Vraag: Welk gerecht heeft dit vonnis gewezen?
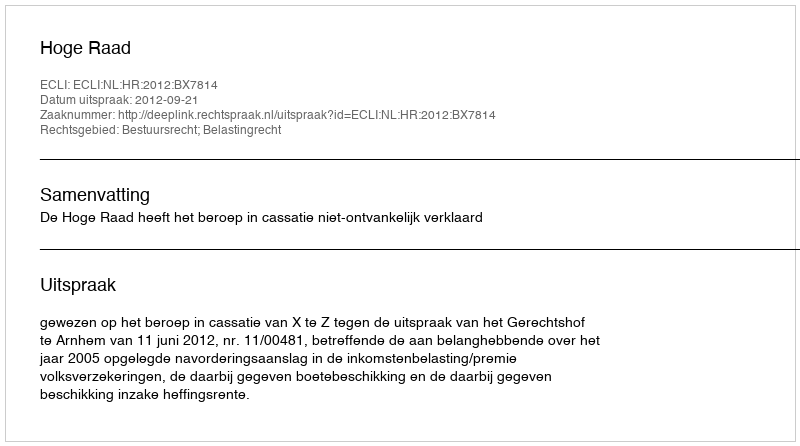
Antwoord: Hoge Raad